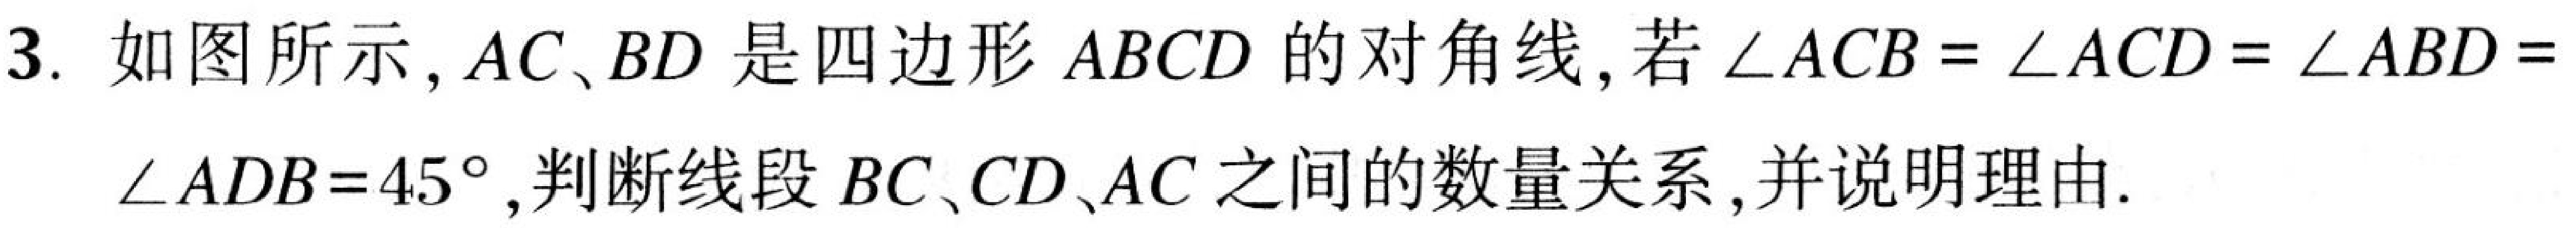
3. 如图所示，\(AC、BD\)是四边形\(ABCD\)的对角线，若\(\angle ACB=\angle ACD=\angle ABD = \angle ADB = 45^{\circ}\)，判断线段\(BC、CD、AC\)之间的数量关系，并说明理由.